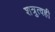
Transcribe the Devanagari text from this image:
शत्रुत्वही